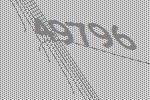
49796